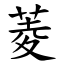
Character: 菱